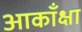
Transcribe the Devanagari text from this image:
आकाँक्षा